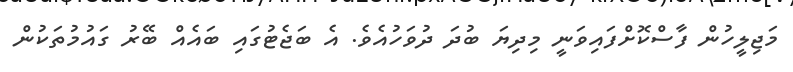
މަޖިލީހުން ފާސްކޮށްފައިވަނީ މިދިޔަ ބުދަ ދުވަހުއެވެ. އެ ބަޖެޓުގައި ބައެއް ބޭރު ގައުމުތަކުން